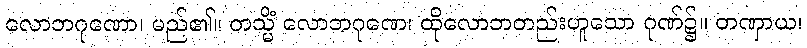
လောဘဂုဏော၊ မည်၏။ တသ္မိံ လောဘဂုဏေ၊ ထိုလောဘတည်းဟူသော ဂုဏ်၌။ တဏှာယ၊